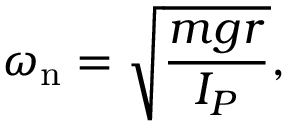
\omega _ { \mathrm { n } } = { \sqrt { \frac { m g r } { I _ { P } } } } ,